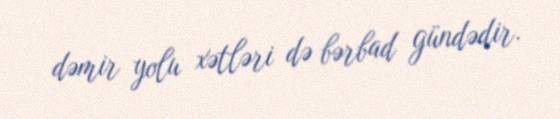
dəmir yolu xətləri də bərbad gündədir.